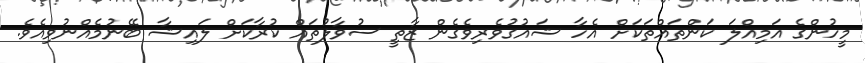
މީހުންގެ އަމިއްލަ ކަންތައްތަކަށް އެހާ ޝައުގުވެރިވެގެން ޒާތީ ސުވާލުތައް ކުރާކަށް ލައިޝާ ބޭނުމެއްނުވިއެވެ.